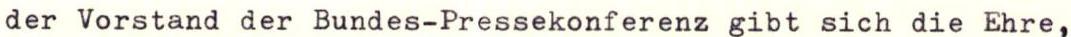
der Vorstand der Bundes-Pressekonferenz gibt sich die Ehre,